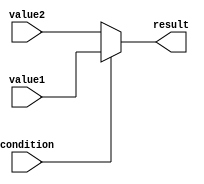
module ConditionalAssignment (
    input condition,
    input [7:0] value1,
    input [7:0] value2,
    output reg [7:0] result
);

always @* begin
    if (condition) begin
        result = value1;
    end else begin
        result = value2;
    end
end

endmodule